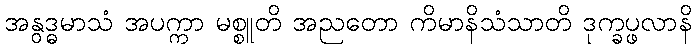
အနွဒ္ဓမာသံ အပက္ကာ မစ္စူတိ အညတော ကိမာနိသံသာတိ ဒုက္ခပ္ဖလာနိ